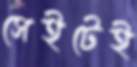
সেইটেই